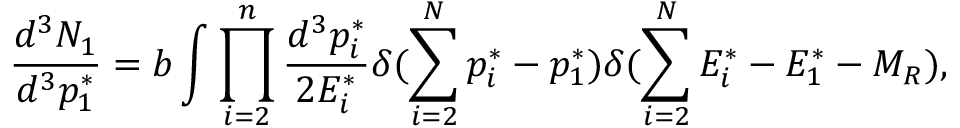
\frac { d ^ { 3 } N _ { 1 } } { d ^ { 3 } p _ { 1 } ^ { * } } = b \int \prod _ { i = 2 } ^ { n } \frac { d ^ { 3 } p _ { i } ^ { * } } { 2 E _ { i } ^ { * } } \delta ( \sum _ { i = 2 } ^ { N } p _ { i } ^ { * } - p _ { 1 } ^ { * } ) \delta ( \sum _ { i = 2 } ^ { N } E _ { i } ^ { * } - E _ { 1 } ^ { * } - M _ { R } ) ,